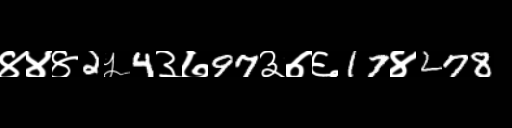
Text: ४४४2५4३७97३७६17४278